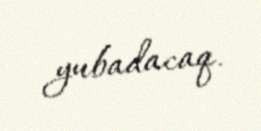
yubadacaq.